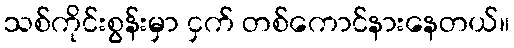
သစ်ကိုင်းစွန်းမှာ ငှက် တစ်ကောင်နားနေတယ်။